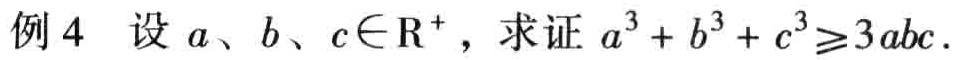
例4 设 \(a、b、c\in\mathrm{R}^{+}\)，求证 \(a^{3}+b^{3}+c^{3}\geq3abc\)